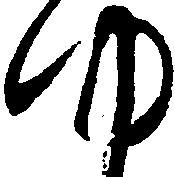
ゆ